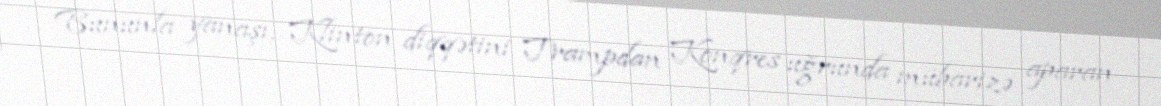
Bununla yanaşı, Klinton diqqətini Trampdan Konqres uğrunda mübarizə aparan